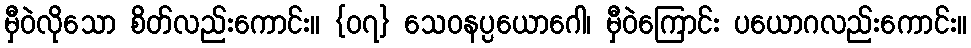
မှီဝဲလိုသော စိတ်လည်းကောင်း။ {၀၇} သေဝနပ္ပယောဂေါ၊ မှီဝဲကြောင်း ပယောဂလည်းကောင်း။